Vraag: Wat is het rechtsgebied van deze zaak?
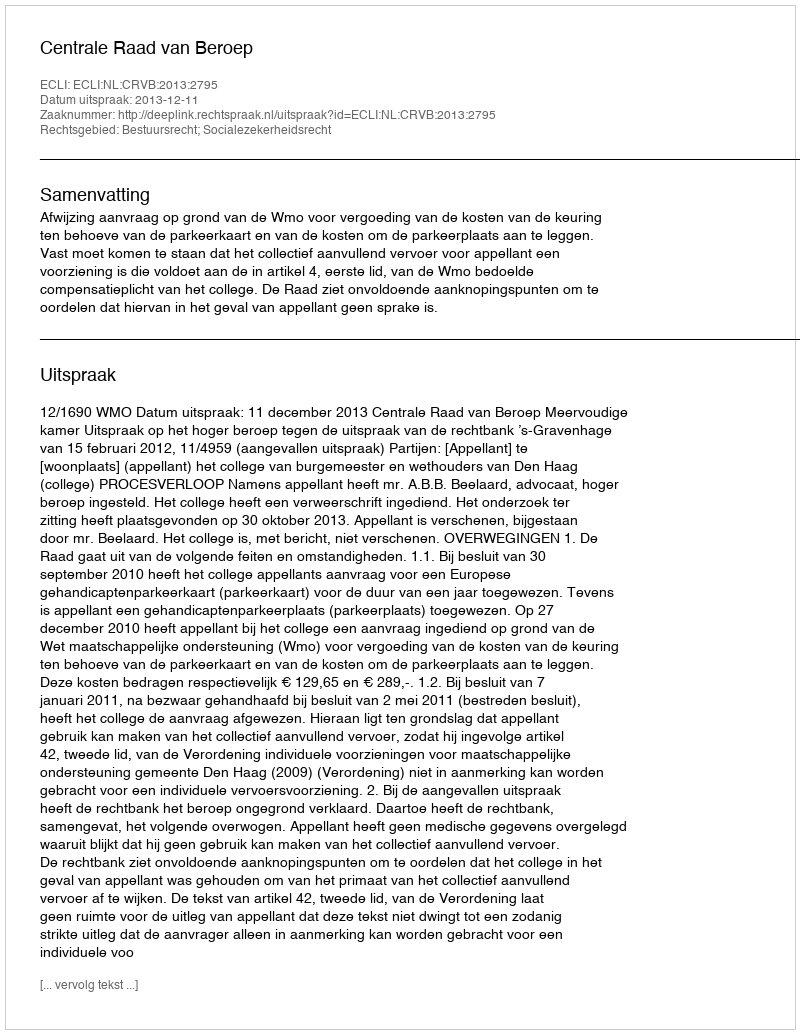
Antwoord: Bestuursrecht; Socialezekerheidsrecht